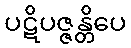
ပဋိပဇ္ဇန္တိပေ